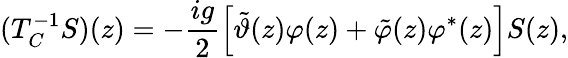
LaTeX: (T_{C}^{-1}S)(z)=-\frac{ig}{2}\left\lbrack\tilde{\vartheta}(z)\varphi(z)+\tilde{\varphi}(z)\varphi^{\ast}(z)\right\rbrack S(z),